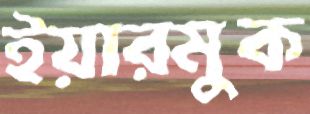
ইয়ারমুক